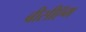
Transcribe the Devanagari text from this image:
बीसीऍम